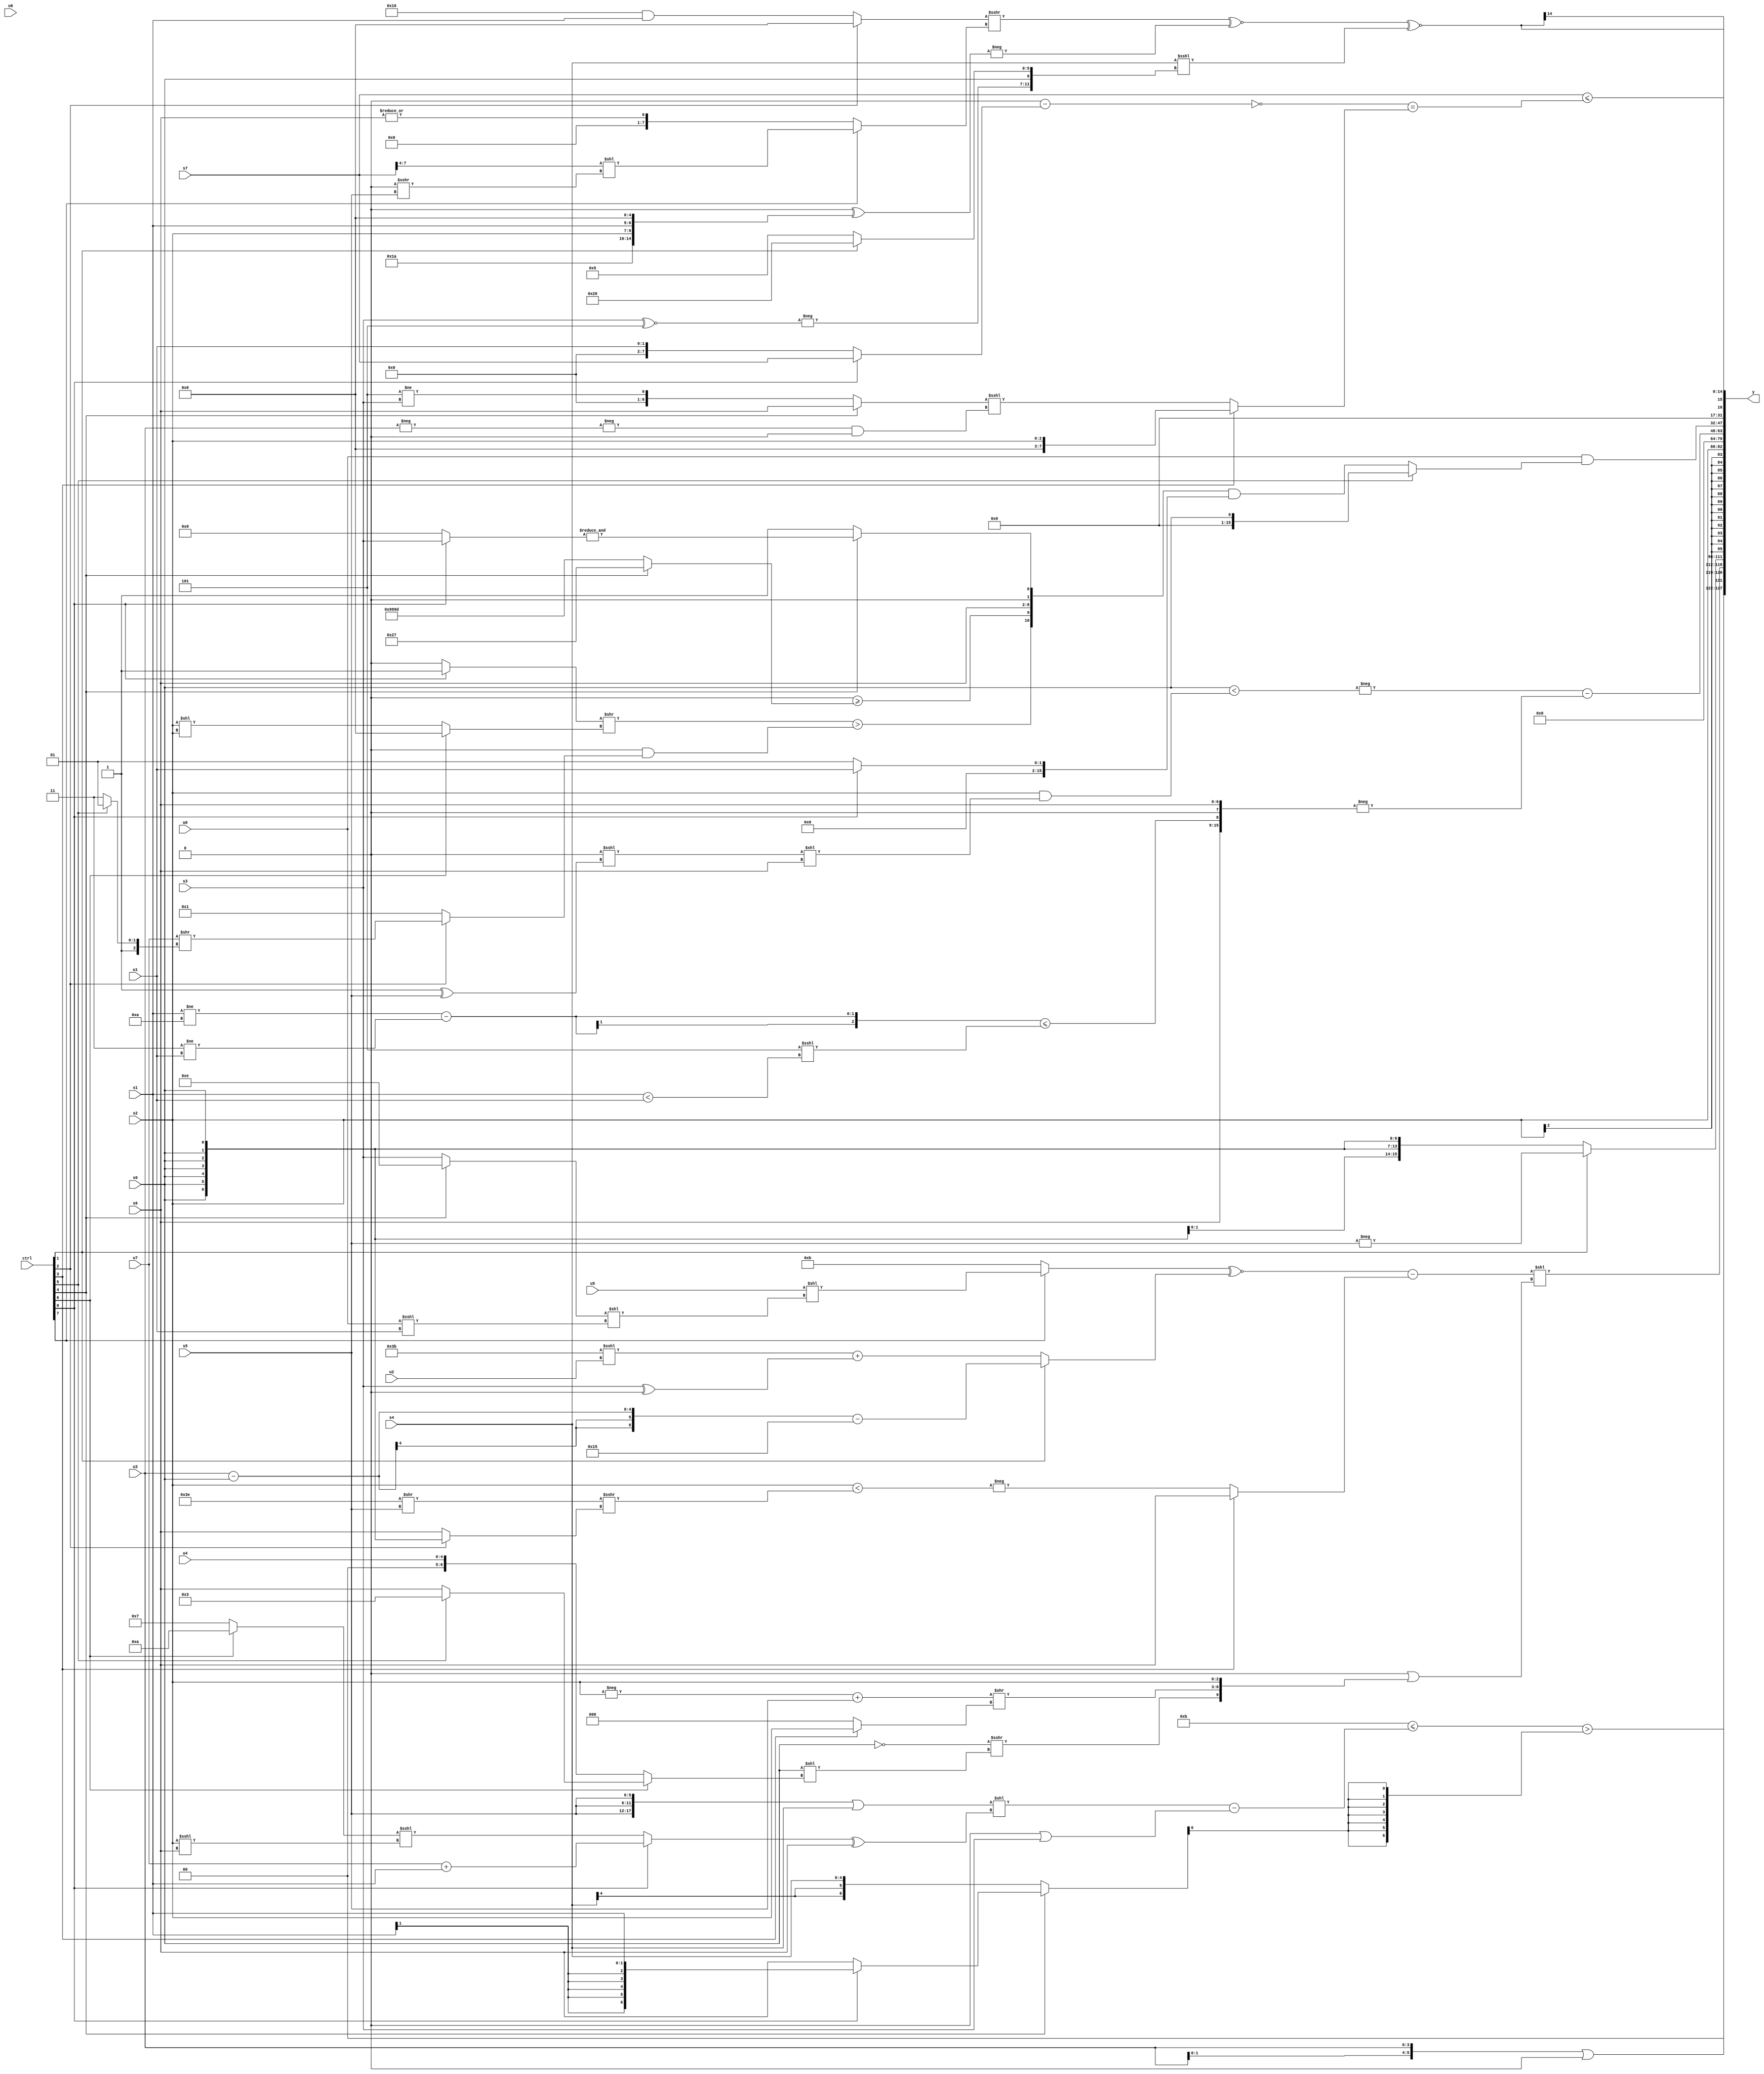
module wideexpr_00543(ctrl, u0, u1, u2, u3, u4, u5, u6, u7, s0, s1, s2, s3, s4, s5, s6, s7, y);
  input [7:0] ctrl;
  input [0:0] u0;
  input [1:0] u1;
  input [2:0] u2;
  input [3:0] u3;
  input [4:0] u4;
  input [5:0] u5;
  input [6:0] u6;
  input [7:0] u7;
  input signed [0:0] s0;
  input signed [1:0] s1;
  input signed [2:0] s2;
  input signed [3:0] s3;
  input signed [4:0] s4;
  input signed [5:0] s5;
  input signed [6:0] s6;
  input signed [7:0] s7;
  output [127:0] y;
  wire [15:0] y0;
  wire [15:0] y1;
  wire [15:0] y2;
  wire [15:0] y3;
  wire [15:0] y4;
  wire [15:0] y5;
  wire [15:0] y6;
  wire [15:0] y7;
  assign y = {y0,y1,y2,y3,y4,y5,y6,y7};
  assign y0 = {+(({2{$unsigned(u3)}})|($unsigned(((ctrl[2]?(s7)>(s5):$signed(((6'sb000000)+(2'sb01))!=(-(s2)))))>>(1'sb1)))),(($signed(+(5'sb01011)))<=(((($signed({3{(s5)>>(1'sb0)}}))|(s4))<<(((ctrl[0]?(u7)+($unsigned(s1)):((ctrl[6]?4'b1010:3'sb111))<<<((s2)<<<(s6))))^($unsigned(+(+(s6))))))-(($signed($signed(($signed(2'sb00))|(s3))))<<<(2'sb00))))>($unsigned(+($signed(+(((ctrl[4]?(ctrl[0]?s1:s6):s4))>>>(-($signed(3'sb010)))))))),$signed(2'sb00),($unsigned((((ctrl[7]?(+(u5))<<(((ctrl[4]?2'sb10:s3))<<((u0)<<<(u1))):4'sb1011))^~((ctrl[1]?((+(u3))-(+(s0)))-(6'sb010101):+(((6'sb111011)<<<(u2))+((s3)^(1'sb0))))))-((ctrl[3]?s6:-((s2)<(((6'b111110)>>(s5))>>>((ctrl[2]?s0:s6))))))))<<(({3{+((1'sb1)<<(3'sb010))}})|({1'sb0,(~|(s0))>>>((+($signed(s0)))<<((ctrl[6]?(ctrl[5]?$signed(3'b011):s6):+(+(u4))))),$signed($signed(((-(s2))+(s5))>>((ctrl[3]?$signed(s2):3'sb000)))),s2}))};
  assign y1 = (ctrl[1]?-(s5):$signed(s0));
  assign y2 = s2;
  assign y3 = {(1'sb0)<<(1'sb0)};
  assign y4 = $signed((-((s0)<((s2)&(((2'sb00)<<<((2'sb11)^(s5)))<<({s6})))))-(-({(3'sb001)!=((-(4'sb0000))>>((ctrl[6]?{2{5'b10101}}:(3'sb100)>=(1'sb0)))),{($signed((1'b0)<<(s0)))<<(3'sb010),($signed((ctrl[6]?1'sb0:1'sb0)))-((5'sb11010)^~(1'sb0)),s6,(((s1)!=(5'sb01010))-((2'b11)!=(u1)))<=((3'b101)<<<((s1)<(u1)))},1'sb0,s6})));
  assign y5 = (u0)&((ctrl[5]?$signed(s0):({(((ctrl[0]?2'b01:(3'sb000)<<($signed(2'b10))))>>((ctrl[6]?($signed(4'sb0100))&($signed(5'sb01011)):($signed(s2))<<($signed(s2)))))>((({4{2'sb00}})>(4'sb0001))&((ctrl[2]?($signed(u7))>>((ctrl[5]?3'sb101:1'sb1)):|({4{5'b10111}})))),(3'sb000)>=($unsigned((ctrl[4]?6'sb100111:({4{4'b0110}})^((4'sb0100)^~(1'b0))))),s6,(ctrl[4]?+(&(+((ctrl[0]?s3:1'sb0)))):$signed((ctrl[4]?2'sb11:$signed((2'sb11)>>(6'sb000001)))))})&((ctrl[0]?{3{(ctrl[0]?u1:(ctrl[6]?{$signed(3'sb000),6'b000001,(2'sb00)<<<(2'sb10),(s7)<<(s1)}:($unsigned(3'sb000))<<<((4'sb1100)-(u7))))}}:1'sb1))));
  assign y6 = |((s7)<=((~((((ctrl[6]?-(s1):(s6)>>>(1'sb0)))<<(5'sb01010))-((ctrl[0]?s7:+($signed(u1))))))==((ctrl[3]?s2:({(ctrl[4]?$signed(s6):(4'sb1101)!=(s3))})<<<((-(-(u3)))&($signed(&(5'sb10101))))))));
  assign y7 = $signed(((((ctrl[2]?1'sb0:(ctrl[2]?(s2)<<(1'sb1):(6'sb010110)&(s1))))>>>((ctrl[7]?((s7)>>(4'sb0100))<<((1'b0)>>>(s5)):|({s6}))))^~(-(+(($signed(3'sb000))^({5'sb11010,s2,s1,5'sb00000})))))^~($signed((s4)<<<({-((s3)^~(5'sb11101)),{-(s0),(ctrl[1]?6'sb100110:3'b101)}}))));
endmodule